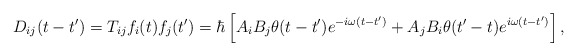
\begin{align*}D_{ij}( t-t' ) = T_{ij} f_i(t) f_j(t')= \hbar \left[ A_i B_j \theta(t-t')e^{-i\omega (t-t')}+ A_j B_i \theta(t'-t)e^{i\omega (t-t')}\right],\end{align*}